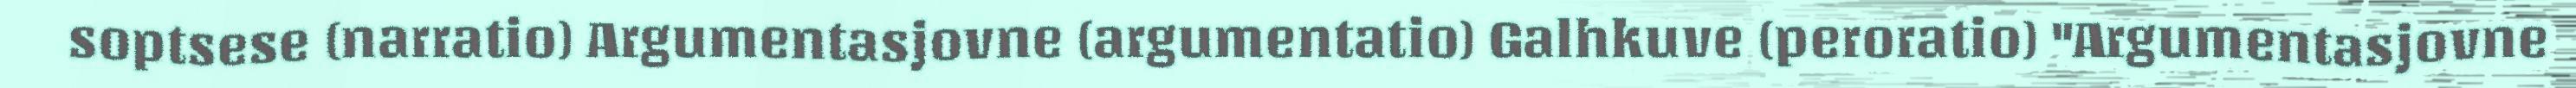
soptsese (narratio) Argumentasjovne (argumentatio) Galhkuve (peroratio) "Argumentasjovne